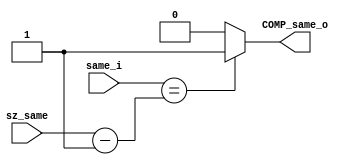
/******************************************************************
*Module name : same_i_COMP
*Type        : Verilog Module
*
*Description : auxiliar counter reg 
*------------------------------------------------------------------
*	clocks    : posedge clock "clk"
*	reset		 : sync rstn
* 
*Parameters  : none
*
******************************************************************/

module same_i_COMP(
	input [4:0] same_i,
	input [4:0] sz_same,
	
	output COMP_same_o);
	
assign COMP_same_o = (same_i == (sz_same-5'b00001))?1'b1:1'b0; 
endmodule